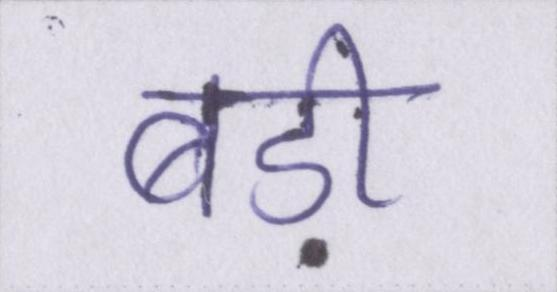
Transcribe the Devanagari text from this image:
बड़ी